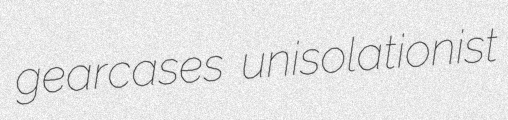
gearcases unisolationist